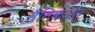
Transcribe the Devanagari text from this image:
सैनिकऔर